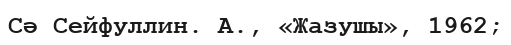
Сә Сейфуллин. А., «Жазушы», 1962;